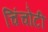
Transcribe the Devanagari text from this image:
चिंचोटी